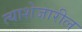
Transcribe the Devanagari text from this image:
त्याशेजारील